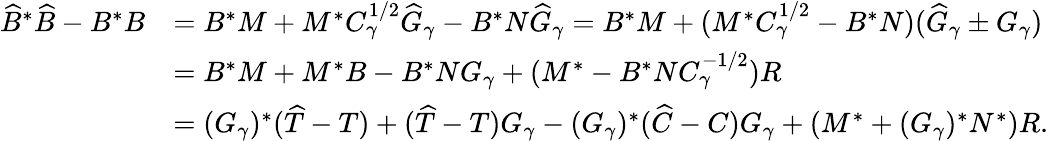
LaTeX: \begin{array}{rl}{\widehat{B}^{*}\widehat{B}-B^{*}B}&{=B^{*}M+M^{*}C_{\gamma}^{1/2}\widehat{G}_{\gamma}-B^{*}N\widehat{G}_{\gamma}=B^{*}M+(M^{*}C_{\gamma}^{1/2}-B^{*}N)(\widehat{G}_{\gamma}\pm G_{\gamma})}\\ &{=B^{*}M+M^{*}B-B^{*}NG_{\gamma}+(M^{*}-B^{*}NC_{\gamma}^{-1/2})R}\\ &{=(G_{\gamma})^{*}(\widehat{T}-T)+(\widehat{T}-T)G_{\gamma}-(G_{\gamma})^{*}(\widehat{C}-C)G_{\gamma}+(M^{*}+(G_{\gamma})^{*}N^{*})R.}\end{array}